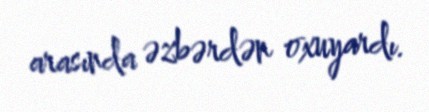
arasında əzbərdən oxuyardı.